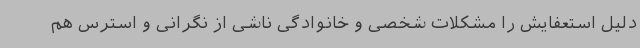
دلیل استعفایش را مشکلات شخصی و خانوادگی ناشی از نگرانی و استرس هم